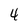
Character: 4